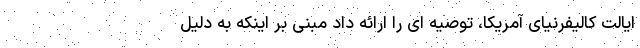
ایالت کالیفرنیای آمریکا، توصیه ای را ارائه داد مبنی بر اینکه به دلیل